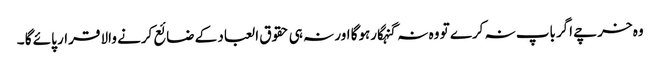
وہ خرچے اگرباپ نہ کرے تو وہ نہ گنہگارہوگا اور نہ ہی حقوق العباد کے ضائع کرنے والا قرار پائے گا ۔